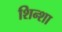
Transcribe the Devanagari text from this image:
शिन्शा